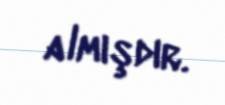
almışdır.